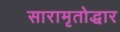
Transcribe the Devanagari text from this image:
सारामृतोद्धार